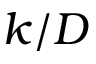
k / D